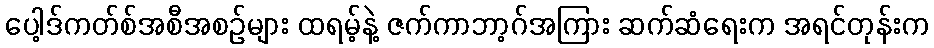
ပေါ့ဒ်ကတ်စ်အစီအစဉ်များ ထရမ့်နဲ့ ဇက်ကာဘာ့ဂ်အကြား ဆက်ဆံရေးက အရင်တုန်းက